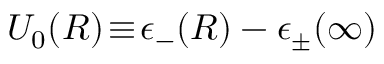
U _ { 0 } ( R ) \! \equiv \! \epsilon _ { - } ( R ) - \epsilon _ { \pm } ( \infty )